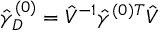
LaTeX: \hat { \gamma } _ { D } ^ { ( 0 ) } = \hat { V } ^ { - 1 } { \hat { \gamma } ^ { ( 0 ) T } } \hat { V }